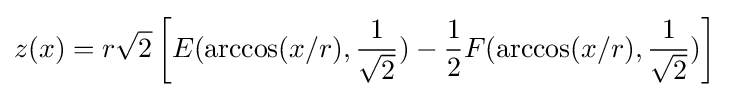
z(x)=r{\sqrt {2}}\left[E(\arccos(x/r),{\frac {1}{\sqrt {2}}})-{\frac {1}{2}}F(\arccos(x/r),{\frac {1}{\sqrt {2}}})\right]